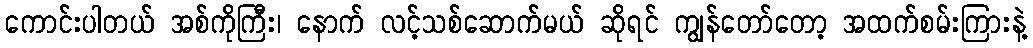
ကောင်းပါတယ် အစ်ကိုကြီး၊ နောက် လင့်သစ်ဆောက်မယ် ဆိုရင် ကျွန်တော်တော့ အထက်စမ်းကြားနဲ့